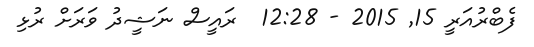
ފެބްރުއަރީ 15